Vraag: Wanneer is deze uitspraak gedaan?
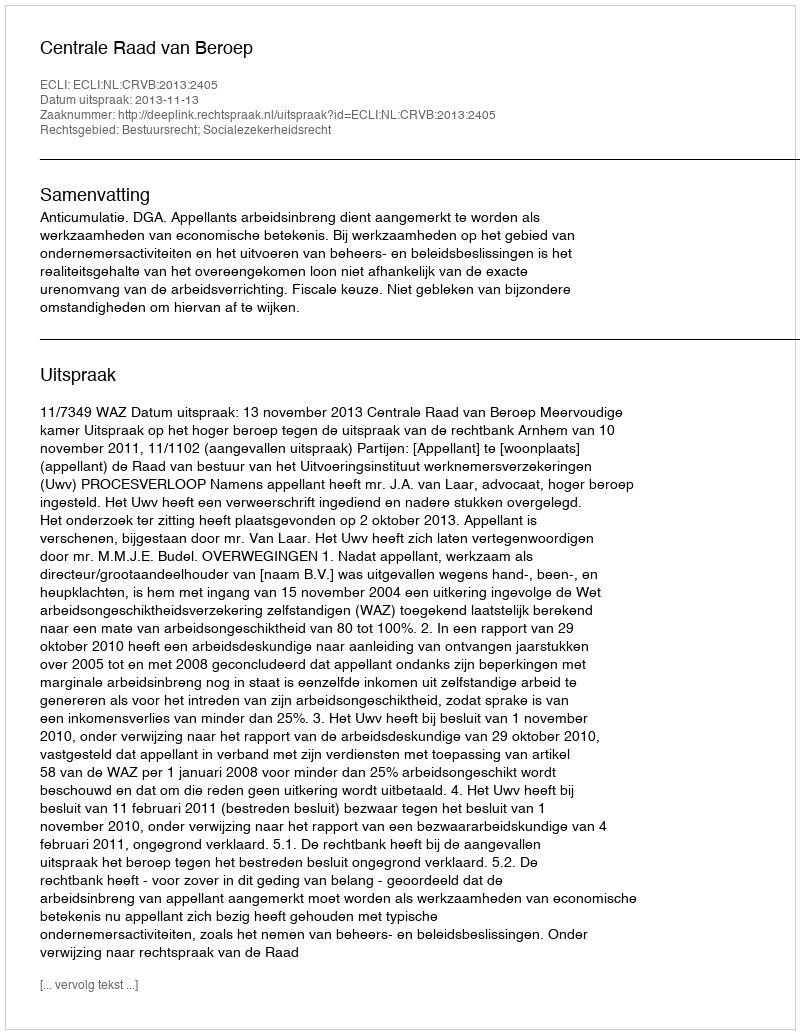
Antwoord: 2013-11-13